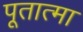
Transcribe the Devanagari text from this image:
पूतात्मा